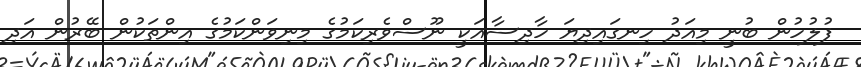
ފުލުހުން ބުނީ މިއަދު ހިނގައިދިޔަ ހާދިސާއަކީ ނޫސްވެރިކަމުގެ މިނިވަންކަމުގެ އިންތަކުން ބޭރުން އަދި